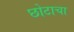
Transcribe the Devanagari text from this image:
छोटाचा